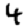
Digit: 4